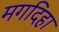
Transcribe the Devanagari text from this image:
मगदिहा